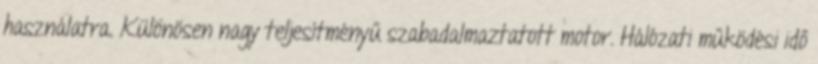
használatra. Különösen nagy teljesítményű szabadalmaztatott motor. Hálózati működési idő